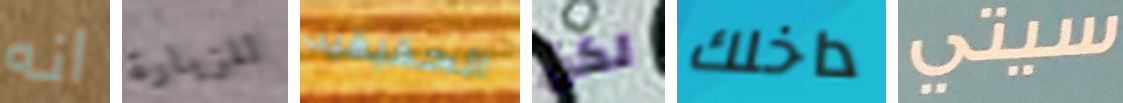
انه للزيارة الحقيقيه لكن داخلك سيتي